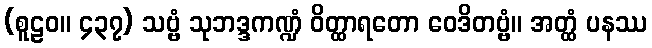
(စူဠဝ။ ၄၃၇) သဗ္ဗံ သုဘဒ္ဒကဏ္ဍံ ဝိတ္ထာရတော ဝေဒိတဗ္ဗံ။ အတ္ထံ ပနဿ